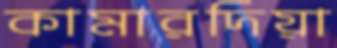
কামারদিয়া